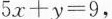
$$5 x + y = 9$$,